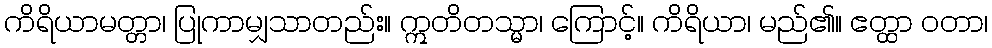
ကိရိယာမတ္တာ၊ ပြုကာမျှသာတည်း။ ဣတိတသ္မာ၊ ကြောင့်။ ကိရိယာ၊ မည်၏။ ဧတ္ထာ ဝတာ၊